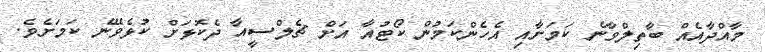
މާއްދާއެއް ބާތިލްވާނެ ކަމަށާއި އެހެންކަމުން ކޯޓުއާ އަށް ޗެލްސީއާ ދެކޮޅަށް ކުޅެވޭނެ ކަމަށެވެ.